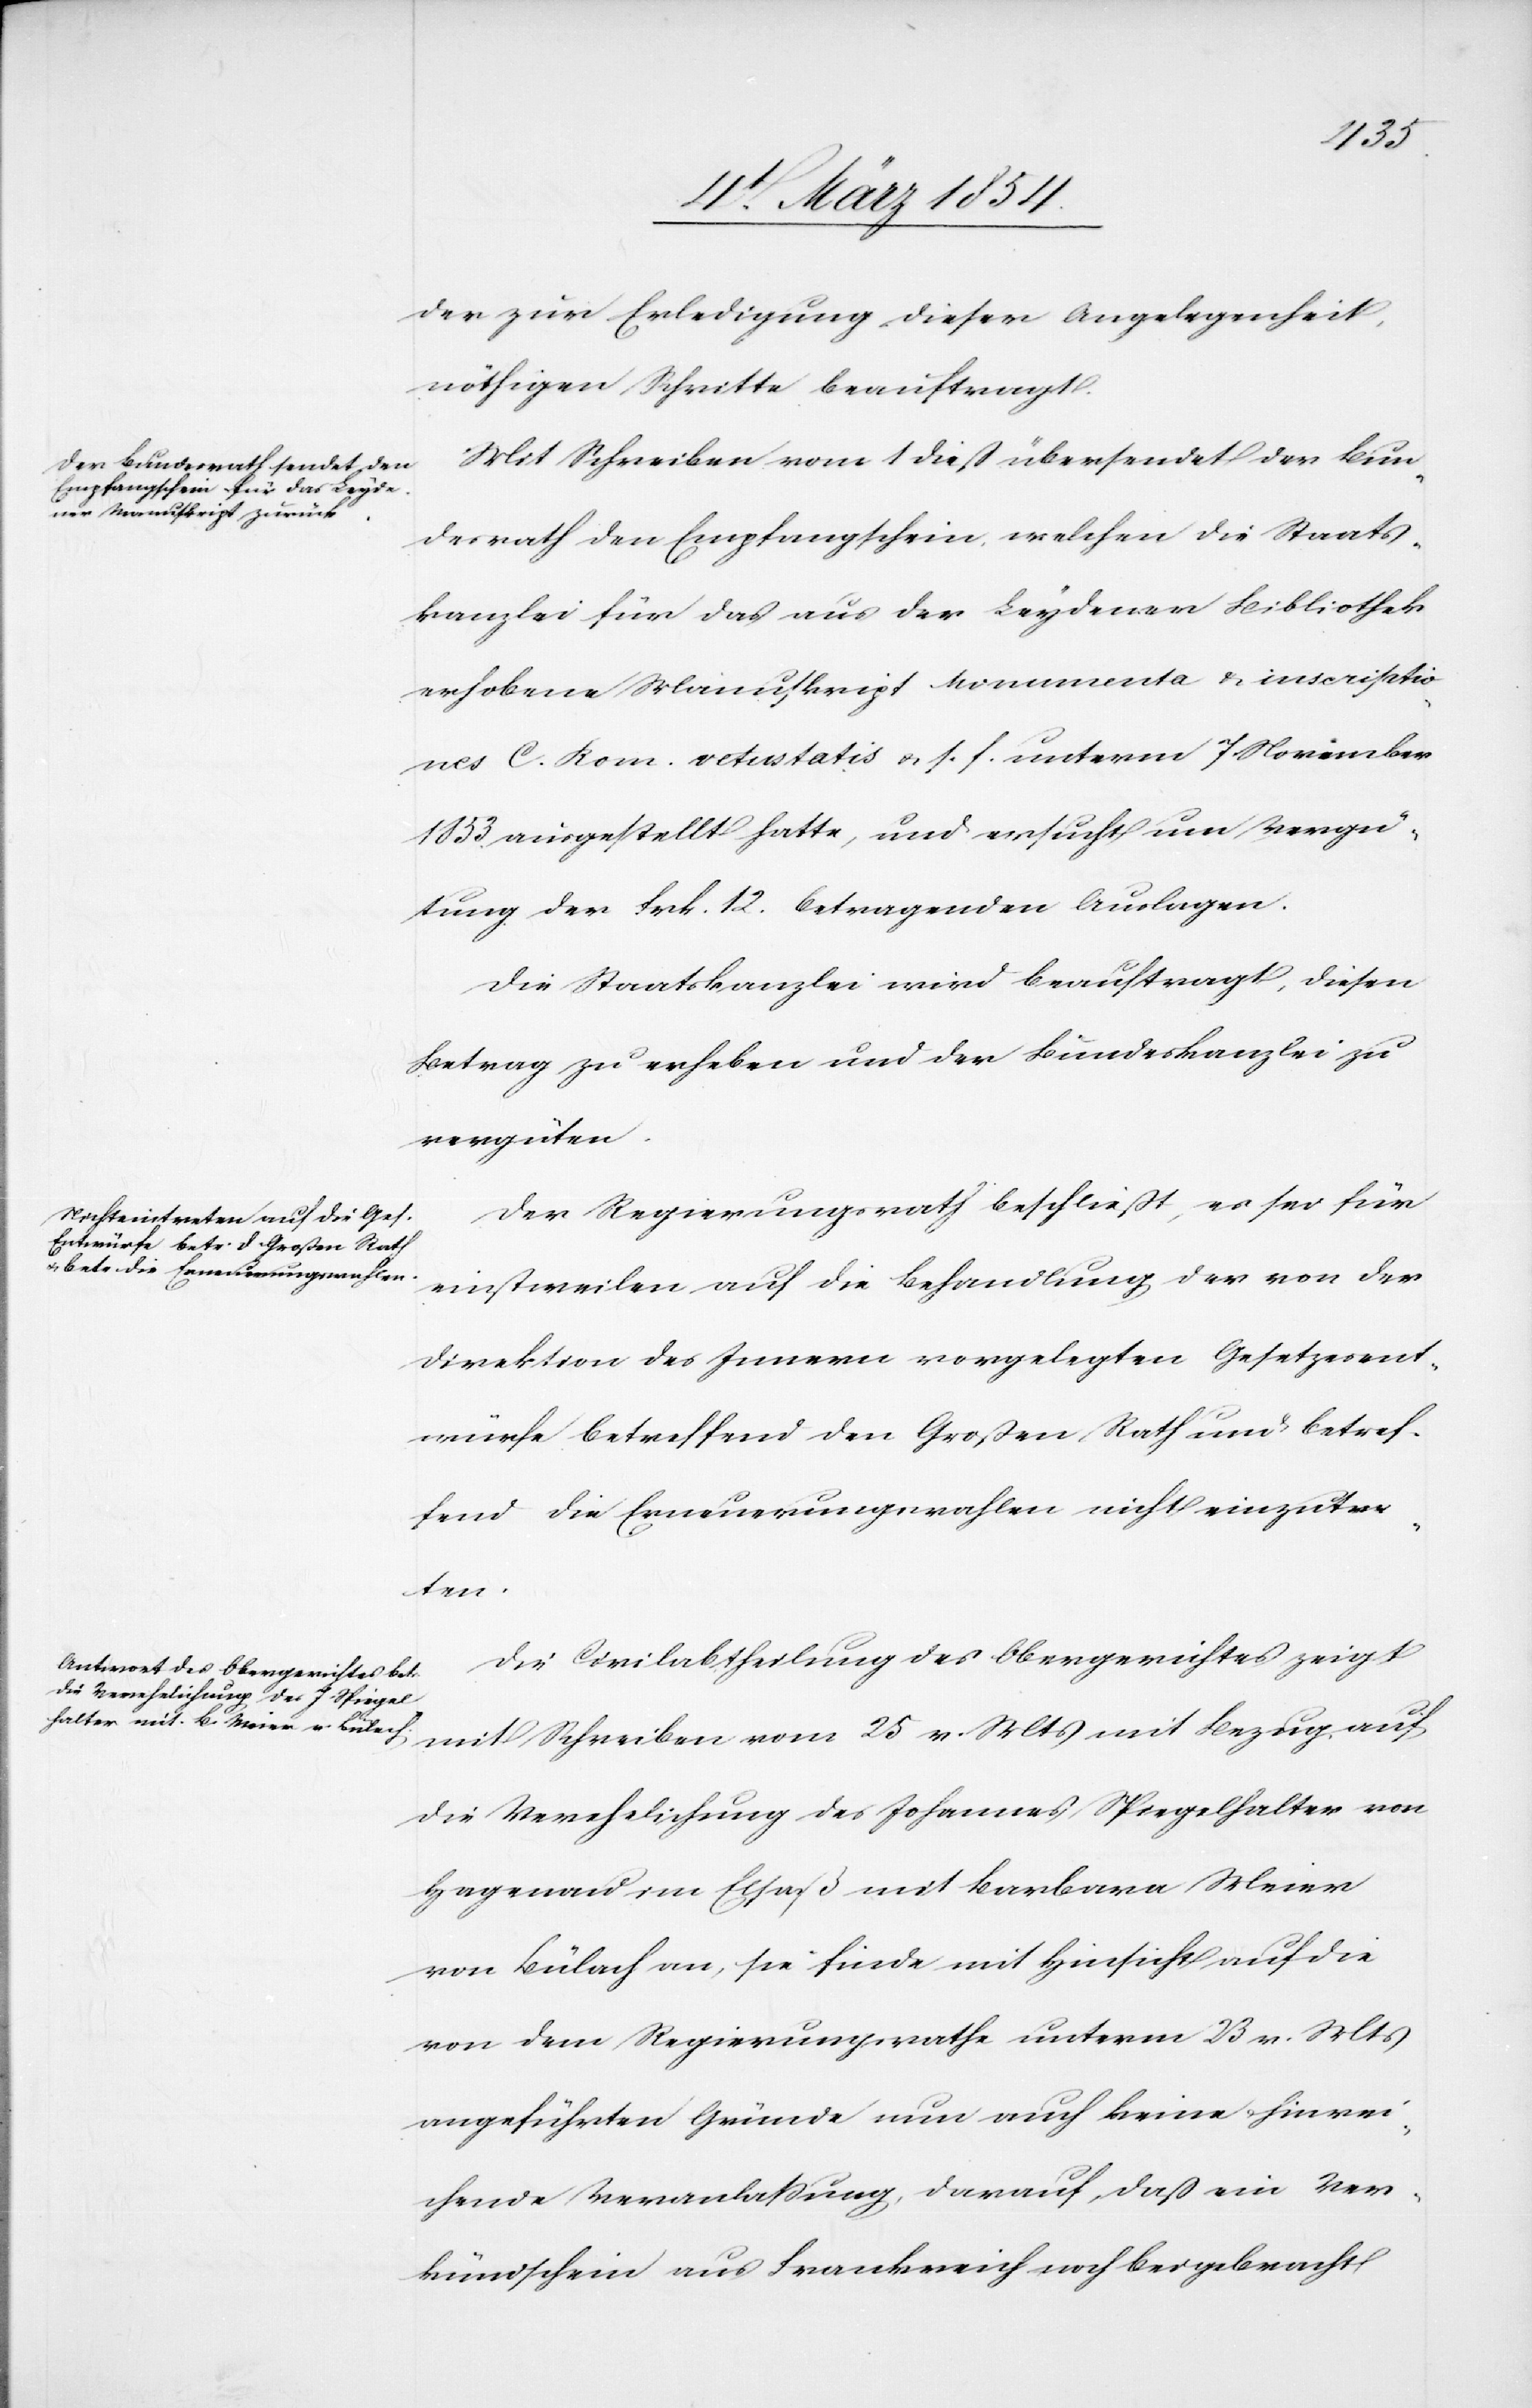
der zur Erledigung dieser Angelegenheit,
nöthigen Schritte beauftragt.
Mit Schreiben vom 1 dieß übersendet der Bun¬
desrath den Empfangschein, welchen die Staats¬
kanzlei für das aus der Leydener Bibliothek
erhobene Manuskript Monumenta & inscriptio¬
nes C. Kom. vetustatis u. s. f. unterm 7 November
1853 ausgestellt hatte, und ersucht um Vergü¬
tung der Frk. 12. betragenden Auslagen.
Die Staatskanzlei wird beauftragt, diesen
Betrag zu erheben und der Bundeskanzlei zu
vergüten.
Der Regierungsrath beschließt, es sei für
einstweilen auf die Behandlung der von der
Direktion des Innern vorgelegten Gesetzesent¬
würfe betreffend den Großen Rath und betref¬
fend die Erneuerungswahlen nicht einzutre¬
ten.
Die Civilabtheilung des Obergerichtes zeigt
mit Schreiben vom 25 v. Mts mit Bezug, auf
die Verehelichung des Johannes Spiegelhalter von
Hagenau im Elsaß mit Barbara Meier
von Bülach an, sie finde mit Hinsicht auf die
von dem Regierungsrathe unterm 23 v. Mts
angeführten Gründe nun auch keine hinrei¬
chende Veranlaßung, darauf, daß ein Ver¬
kündschein aus Frankreich noch beigebracht